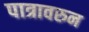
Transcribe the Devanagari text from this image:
पात्रावरुन